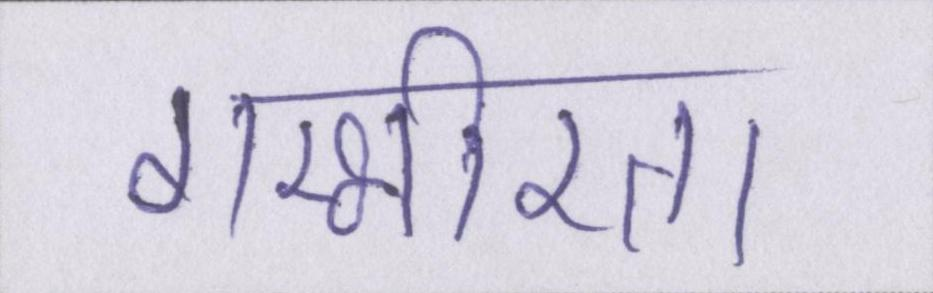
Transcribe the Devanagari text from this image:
गम्भीरता